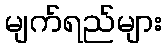
မျက်ရည်များ